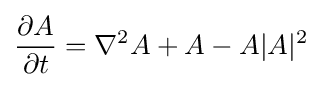
{\frac {\partial A}{\partial t}}=\nabla ^{2}A+A-A|A|^{2}